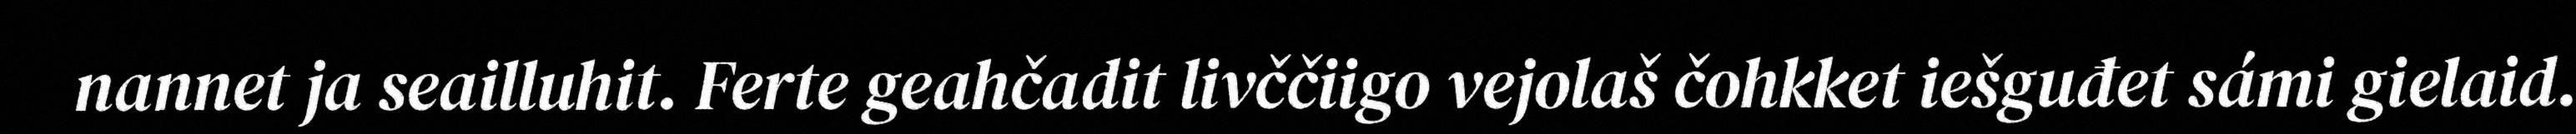
nannet ja seailluhit. Ferte geahčadit livččiigo vejolaš čohkket iešguđet sámi gielaid.